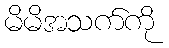
မိမိအသက်ကို